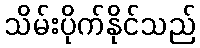
သိမ်းပိုက်နိုင်သည်